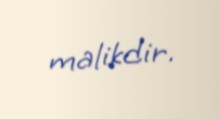
malikdir.